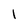
Character: 1